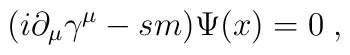
(i\partial_\mu\gamma^\mu-sm)\Psi(x)=0\;,